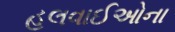
હલવાઈઓના